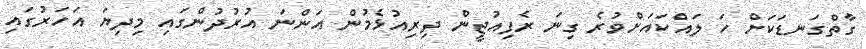
ގާތްގަނޑަކަށް ހަ ލައްކައަށްވުރެ ގިނަ ރެފިއުޖީން ދިރިއުޅެމުން އަންނަ އުރުދުންގައި މިދިޔަ އަހަރުގައި